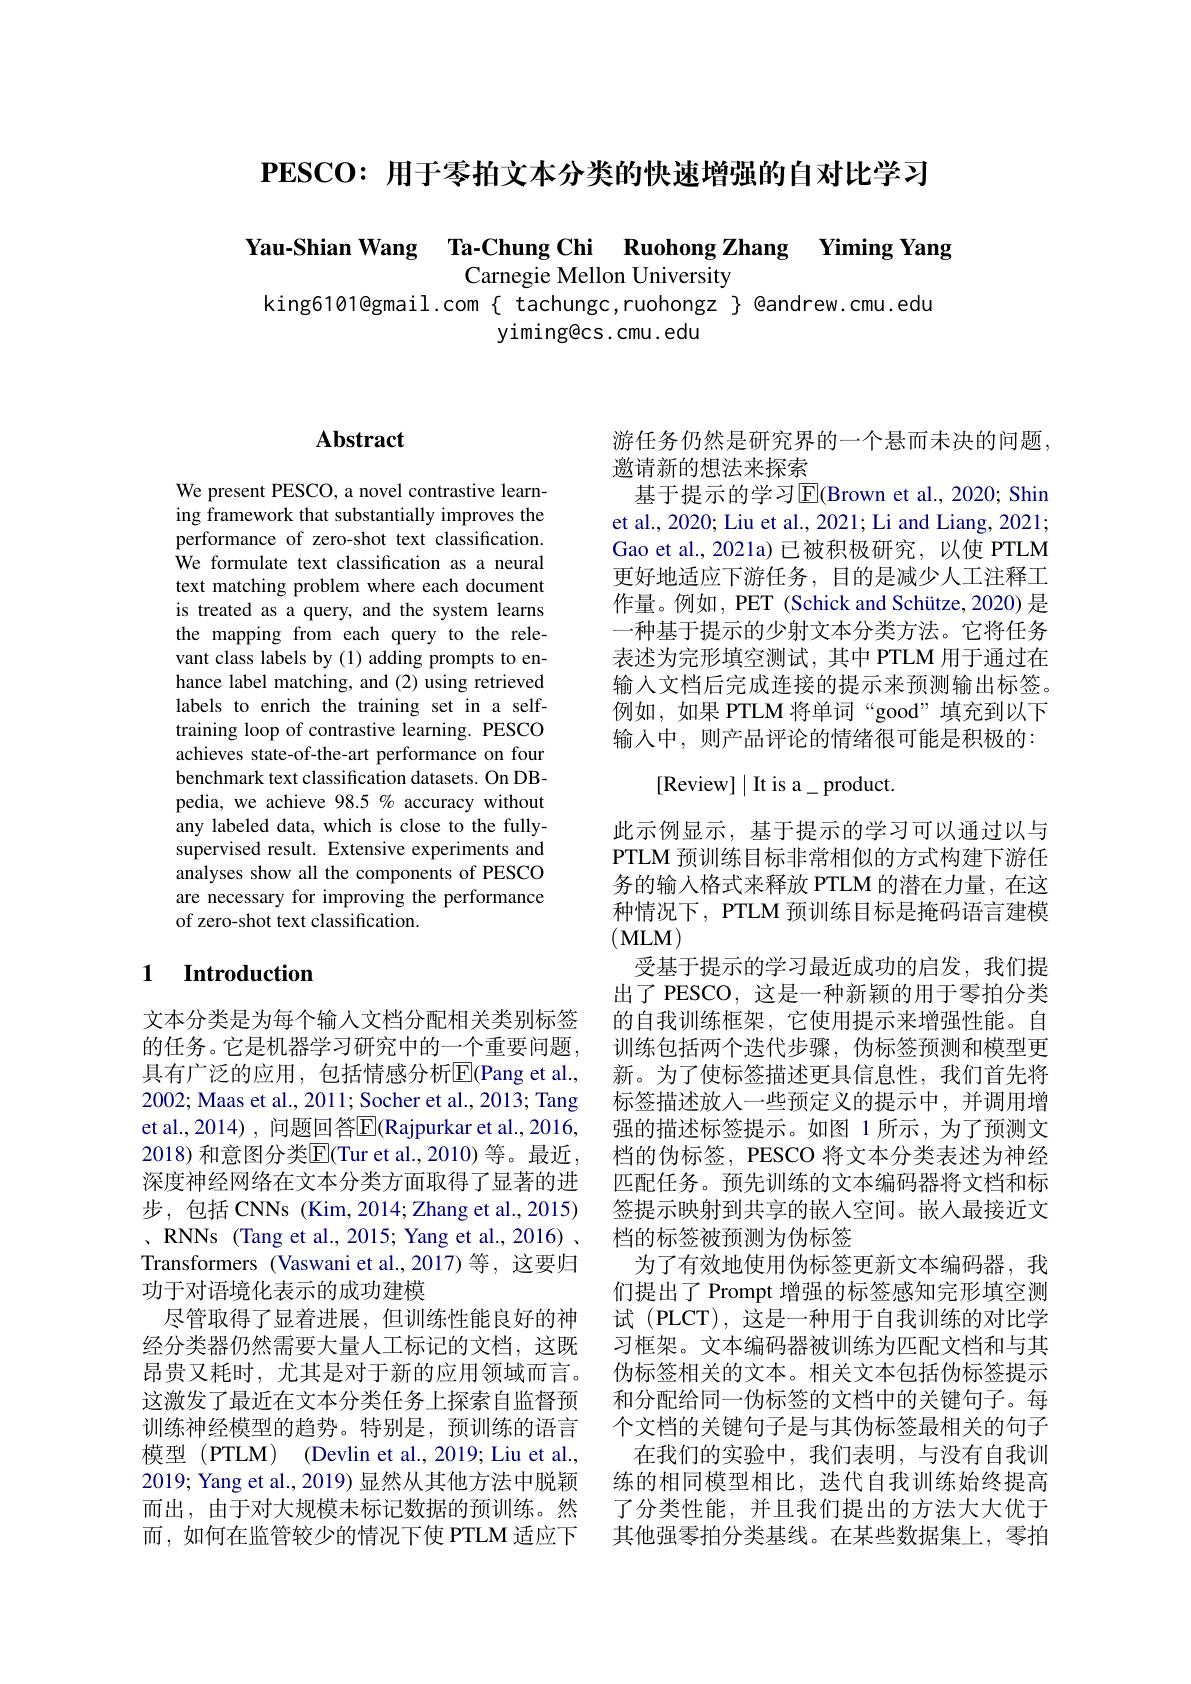
$\mathbf{PESCO:}$用于零拍文本分类的快速增强的自对比学习

Yau-Shian Wang Ta-Chung Chi Ruohong Zhang Yiming Yang
Carnegie Mellon University
king6101@gmail.com $\{$ tachungc,ruohongz $\}$ @andrew.cmu.edu
yiming@cs.cmu.edu

# Abstract

We present PESCO, a novel contrastive learning framework that substantially improves the performance of zero-shot text classification. ${\hat{\mathrm{We~formulate~text~classification~as~a~neural}}}$ text matching problem where each document is treated as a query, and the system learns the mapping from each query to the relevant class labels by(1) adding prompts to enhance label matching, and (2) using retrieved labels to enrich the training set in a selftraining loop of contrastive learning. PESCO achieves state-of-the-art performance on four benchmark text classification datasets. On DBpedia, we achieve 98.5 % accuracy without any labeled data, which is close to the fullysupervised result. Extensive experiments and analyses show all the components of PESCO are necessary for improving the performance of zero-shot text classification.

### 1 $\textbf{Introduction}$

文本分类是为每个输入文档分配相关类别标签的任务。它是机器学习研究中的一个重要问题， 具有广泛的应用，包括情感分析E|( $Pang et al. $, 2002; Maas et al., 2011; Socher et al., 2013; Tang et al., 2014) , 问题回答$\overline{\mathrm{E}}($Rajpurkar et al., 2016, 2018) 和意图分类$\boxed{\mathrm{E}}($Tur et al.,2010) 等。最近深度神经网络在文本分类方面取得了显著的进步，包括CNNs (Kim,2014;Zhang et al.,2015) $、$RNNs ( Tang et al. , 2015; Yang et al. , 2016) , Transformers (Vaswani et al.,2017)等，这要归功于对语境化表示的成功建模
尽管取得了显着进展，但训练性能良好的神经分类器仍然需要大量人工标记的文档，这既昂贵又耗时，尤其是对于新的应用领域而言。这激发了最近在文本分类任务上探索自监督预训练神经模型的趋势。特别是，预训练的语言模型 (PTLM) (Devlin et al., 2019; Liu et al., 2019; Yang et al., 2019) 显然从其他方法中脱颖而出，由于对大规模未标记数据的预训练。然而，如何在监管较少的情况下使 PTLM 适应下

游任务仍然是研究界的一个悬而未决的问题，
邀请新的想法来探索
基于提示的学习$\operatorname{E}($Brown et al., 2020; Shin et al., 2020; Liu et al., 2021; Li and Liang, 2021; Gao et al.,2021a)已被积极研究，以使 PTLM 更好地适应下游任务，目的是减少人工注释工作量。例如，PET (Schick and Schütze, 2020) 是一种基于提示的少射文本分类方法。它将任务表述为完形填空测试，其中 PTLM 用于通过在输人文档后完成连接的提示来预测输出标签。例如，如果 PTLM 将单词“good”填充到以下输入中，则产品评论的情绪很可能是积极的：
[Review]$\mid$It is a\_product.
此示例显示，基于提示的学习可以通过以与PTLM 预训练目标非常相似的方式构建下游任务的输入格式来释放 PTLM 的潜在力量，在这种情况下，PTLM 预训练目标是掩码语言建模(MLM)
受基于提示的学习最近成功的启发，我们提出了 PESCO, 这是一种新颖的用于零拍分类的自我训练框架，它使用提示来增强性能。自训练包括两个迭代步骤，伪标签预测和模型更新。为了使标签描述更具信息性，我们首先将标签描述放入一些预定义的提示中，并调用增强的描述标签提示。如图 1 所示，为了预测文档的伪标签，PESCO 将文本分类表述为神经匹配任务。预先训练的文本编码器将文档和标签提示映射到共享的嵌入空间。嵌人最接近文档的标签被预测为伪标签
为了有效地使用伪标签更新文本编码器，我们提出了 Prompt 增强的标签感知完形填空测试 (PLCT), 这是一种用于自我训练的对比学习框架。文本编码器被训练为匹配文档和与其伪标签相关的文本。相关文本包括伪标签提示和分配给同一伪标签的文档中的关键句子。每个文档的关键句子是与其伪标签最相关的句子
在我们的实验中，我们表明，与没有自我训练的相同模型相比，迭代自我训练始终提高了分类性能，并且我们提出的方法大大优于其他强零拍分类基线。在某些数据集上，零拍